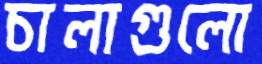
চালাগুলো